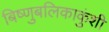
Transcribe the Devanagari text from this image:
बिष्णुबलिकाकुंशी